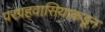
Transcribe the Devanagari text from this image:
परग्रहवासियाकडून